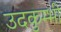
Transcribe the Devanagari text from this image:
उदकुम्भी